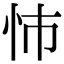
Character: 㤄